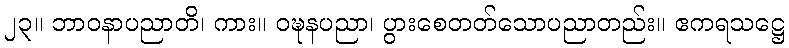
၂၃။ ဘာဝနာပညာတိ၊ ကား။ ဝဍ္ဎနပညာ၊ ပွားစေတတ်သောပညာတည်း။ ဧကရသဋ္ဌေ